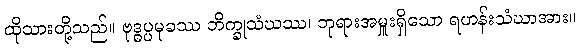
ထိုသားတို့သည်။ ဗုဒ္ဓပ္ပမုခဿ ဘိက္ခုသံဃဿ၊ ဘုရားအမှူးရှိသော ရဟန်းသံဃာအား။